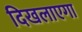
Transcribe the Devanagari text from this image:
दिखलाएगा